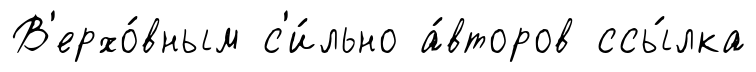
В'ерхо́вным с'и́льно а́второв ссы́лка